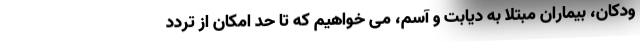
ودکان، بیماران مبتلا به دیابت و آسم، می خواهیم که تا حد امکان از تردد